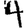
Digit: 4